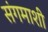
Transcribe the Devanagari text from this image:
संगमाशी